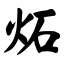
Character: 炻